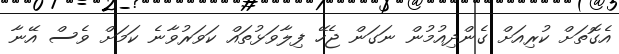
އެގޮތަށް ކުރިއަށް ގެންދިއުމުން ނަގަން ޖެހޭ ފިލާވަޅުތައް ކަވަރުވާނެ ކަމަށް ވެސް އޭނާ